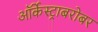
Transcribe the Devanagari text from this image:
ऑर्केस्ट्राबरोबर